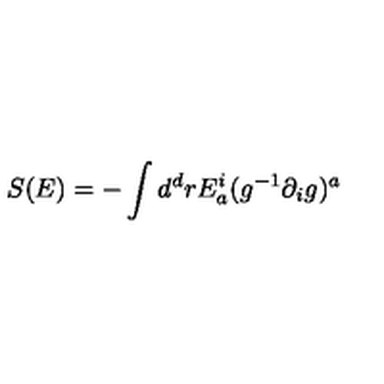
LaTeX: S ( E ) = - \int d ^ { d } r E _ { a } ^ { i } ( g ^ { - 1 } \partial _ { i } g ) ^ { a }